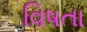
વિષતા